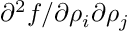
\partial ^ { 2 } f / \partial \rho _ { i } \partial \rho _ { j }